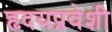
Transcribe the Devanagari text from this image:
हृदयप्रवेशी